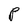
Character: P